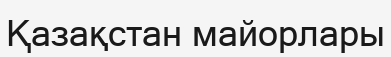
Қазақстан майорлары